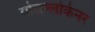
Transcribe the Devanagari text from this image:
ग्रोसग्लोकेनर